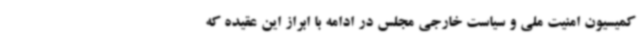
کمیسیون امنیت ملی و سیاست خارجی مجلس در ادامه با ابراز این عقیده که